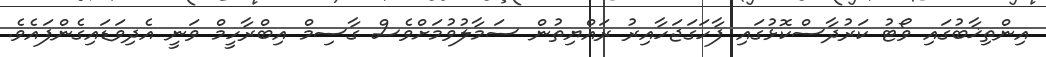
އިންތިޚާބުގައި ވޯޓު ކަރުދާސްކޮޅުގައި ފާހަގަޖަހާއިރު ރައްޔިތުން ސަމާލުވުމަށްވެސް ގާސިމް އިބްރާހީމް ވަނީ އެދިވަޑައިގެންފައެވެ.